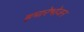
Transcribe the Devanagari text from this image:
हमारेभोजन